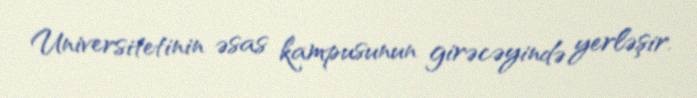
Universitetinin əsas kampusunun girəcəyində yerləşir.